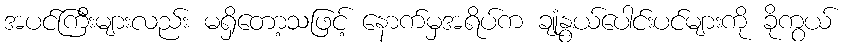
အပင်ကြီးများလည်း မရှိတော့သဖြင့် နောက်မှအရိပ်က ချုံနွယ်ပေါင်းပင်များကို ခိုကွယ်